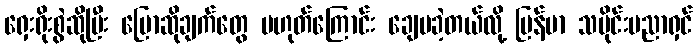
ရှေးရိုးစွဲဆိုပြီး ပြောဆိုချက်တွေ မဟုတ်ကြောင်း ချေပခဲ့တယ်လို့ မြန်မာ သမိုင်းပညာရှင်